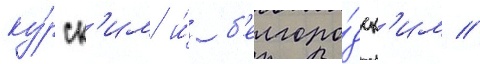
ку́рск'им и́ б'елгоро́дск'им //